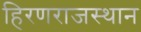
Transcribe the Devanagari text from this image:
हिरणराजस्थान